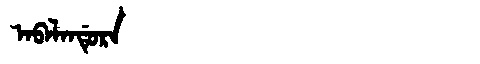
Manchu: ᠠᠪᠠᠯᠠᠨᡩᡠᡵᠠ
Romanization: ABALANDURA